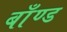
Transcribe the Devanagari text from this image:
बाँण्ड